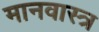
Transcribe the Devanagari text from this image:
मानवास्त्र